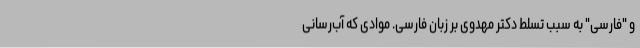
و "فارسی" به سبب تسلط دکتر مهدوی بر زبان فارسی. موادی که آب‌رسانی